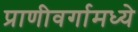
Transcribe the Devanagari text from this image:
प्राणीवर्गामध्ये